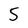
Character: 5